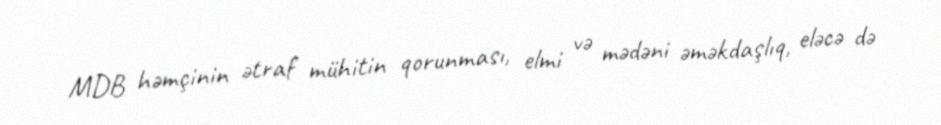
MDB həmçinin ətraf mühitin qorunması, elmi və mədəni əməkdaşlıq, eləcə də